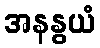
အနနွယံ